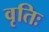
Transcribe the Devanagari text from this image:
वृतिः